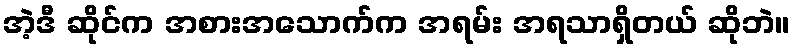
အဲ့ဒီ ဆိုင်က အစားအသောက်က အရမ်း အရသာရှိတယ် ဆိုဘဲ။